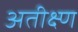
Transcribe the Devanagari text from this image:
अतीक्ष्ण